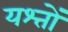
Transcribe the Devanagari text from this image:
यश्तों